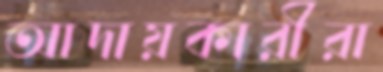
আদায়কারীরা